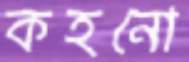
কহনো